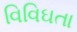
વિવિઘતા